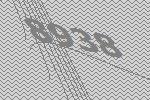
8938